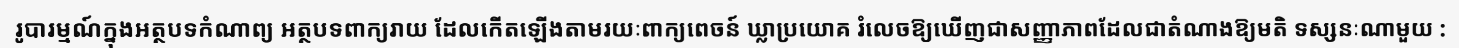
រូបារម្មណ៍ក្នុងអត្ថបទកំណាព្យ អត្ថបទពាក្យរាយ ដែលកើតឡើងតាមរយៈពាក្យពេចន៍ ឃ្លាប្រយោគ រំលេចឱ្យឃើញជាសញ្ញាភាពដែលជាតំណាងឱ្យមតិ ទស្សនៈណាមួយ :